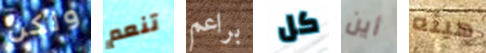
ولكن تنعم براعم كل أين هيئه